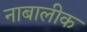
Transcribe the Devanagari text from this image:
नाबालीक